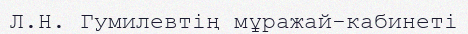
Л.Н. Гумилевтің мұражай-кабинеті